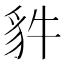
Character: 𧲤